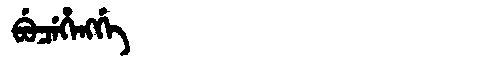
Manchu: ᠪᡠᠴᡝᡥᡝᠩᡤᡝ
Romanization: BUCEHENGGE